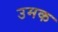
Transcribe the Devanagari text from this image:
उमक